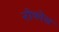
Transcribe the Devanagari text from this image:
नोव्लेस